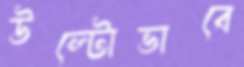
উল্টোভাবে